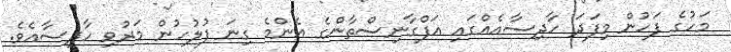
މަހުގެ ފަހުން މިފަދަ ހާދިސާއެއްގައި އަފްގާނިސްތާންގެ އެންމެ ގިނަ ފުލުހުން މަރުވި ހާދިސާއެވެ.